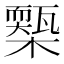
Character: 𣝚